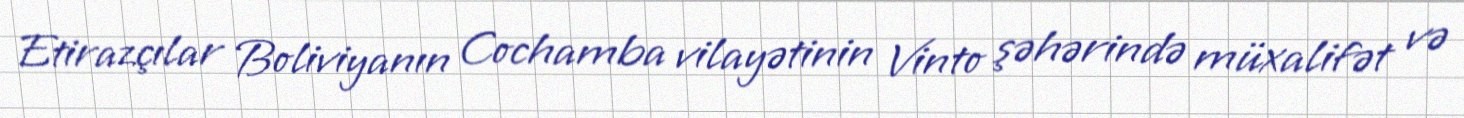
Etirazçılar Boliviyanın Cochamba vilayətinin Vinto şəhərində müxalifət və